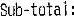
SUB-TOTAL :